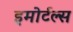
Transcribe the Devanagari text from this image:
इमोर्टल्स